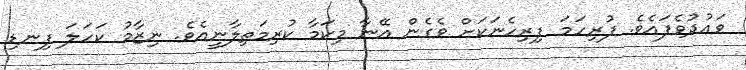
ވައުދުވެފައެވެ. ފުރިހަމަ ފިރިހެނަކަށް ވެގެން އޭނާ މިކަމާ ކުރިމަތިލާނީއެވެ. ނިޒާމު ކަހަލަ ފިނޑި